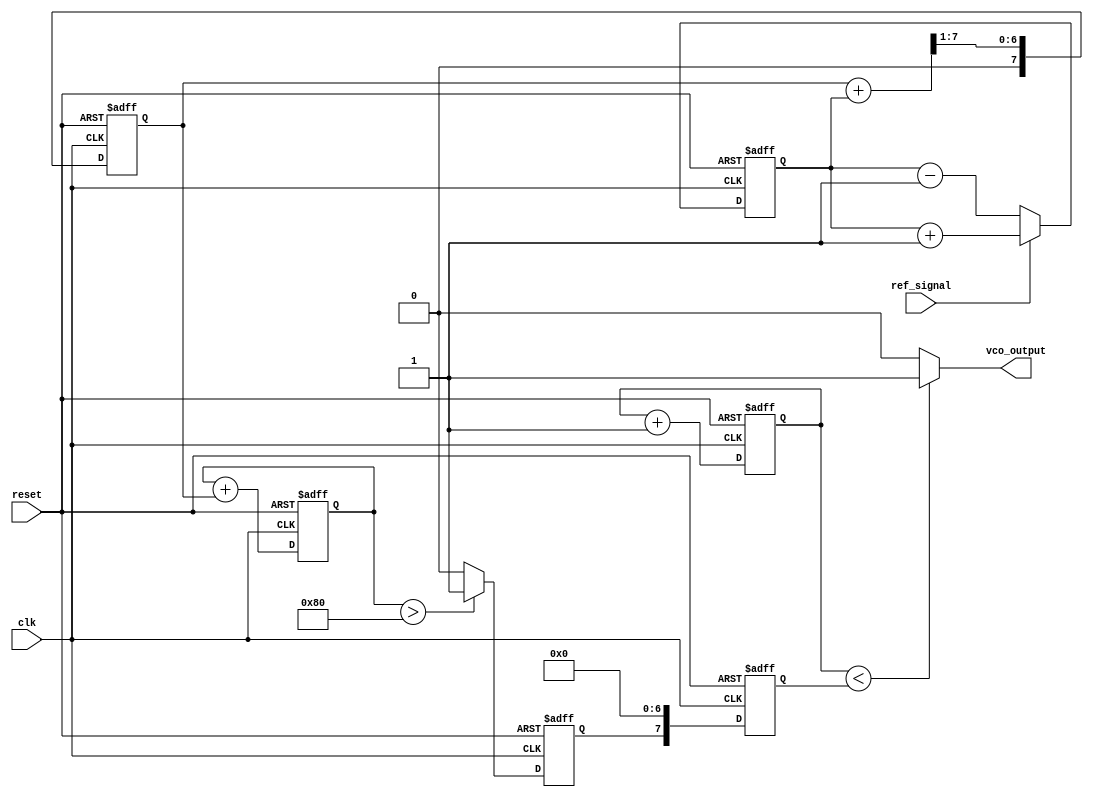
module sigma_delta_pll (
    input wire clk,                // System Clock
    input wire reset,              // Asynchronous Reset
    input wire ref_signal,         // Reference Input Signal
    output wire vco_output         // VCO Output Signal
);

// Phase Detector
reg [1:0] phase_detector_out;
always @(posedge clk or posedge reset) begin
    if (reset) begin
        phase_detector_out <= 2'b00; // Clear on reset
    end else begin
        // Simple edge detection for phase comparison
        // Assuming ref_signal is a single bit and represents a phase comparison
        if (ref_signal) begin
            phase_detector_out <= phase_detector_out + 1'b1; // Increment phase difference
        end else begin
            phase_detector_out <= phase_detector_out - 1'b1; // Decrement phase difference
        end
    end
end

// Low-Pass Filter
reg [7:0] lpf_out;
always @(posedge clk or posedge reset) begin
    if (reset) begin
        lpf_out <= 8'b0;  // Clear on reset
    end else begin
        // Simple moving average filter
        lpf_out <= (lpf_out + phase_detector_out) >> 1; // Average filter
    end
end

// Sigma-Delta Modulator
reg [7:0] integrator;
reg sigma_delta_out;
always @(posedge clk or posedge reset) begin
    if (reset) begin
        integrator <= 8'b0; // Clear on reset
        sigma_delta_out <= 1'b0; // Initialize output
    end else begin
        // Integrate the low-pass filtered output
        integrator <= integrator + lpf_out;

        // Simple comparator for 1-bit output
        sigma_delta_out <= (integrator > 8'd128) ? 1'b1 : 1'b0; // Thresholding
    end
end

// Digital-to-Analog Converter (DAC)
reg [7:0] dac_out;
always @(posedge clk or posedge reset) begin
    if (reset) begin
        dac_out <= 8'b0; // Clear on reset
    end else begin
        dac_out <= {sigma_delta_out, 7'b0}; // Simple DAC with bit shifting
    end
end

// Voltage-Controlled Oscillator (VCO)
reg [15:0] vco_counter;
assign vco_output = (vco_counter < dac_out) ? 1'b1 : 1'b0; // VCO output based on DAC value

always @(posedge clk or posedge reset) begin
    if (reset) begin
        vco_counter <= 16'b0; // Clear on reset
    end else begin
        vco_counter <= vco_counter + 1; // Increment counter to produce output frequency
    end
end

endmodule